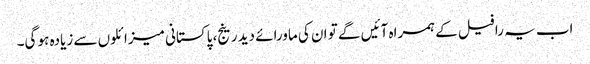
اب یہ رافیل کے ہمراہ آئیں گے تو ان کی ماورائے دید رینج، پاکستانی میزائلوں سے زیادہ ہو گی۔